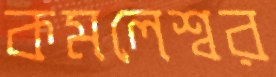
কমলেশ্বর